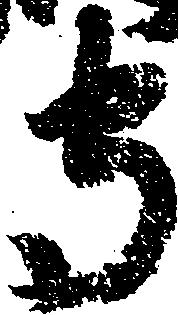
守